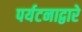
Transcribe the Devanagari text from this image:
पर्यटनाद्वारे